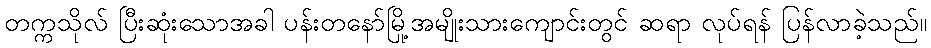
တက္ကသိုလ် ပြီးဆုံးသောအခါ ပန်းတနော်မြို့အမျိုးသားကျောင်းတွင် ဆရာ လုပ်ရန် ပြန်လာခဲ့သည်။